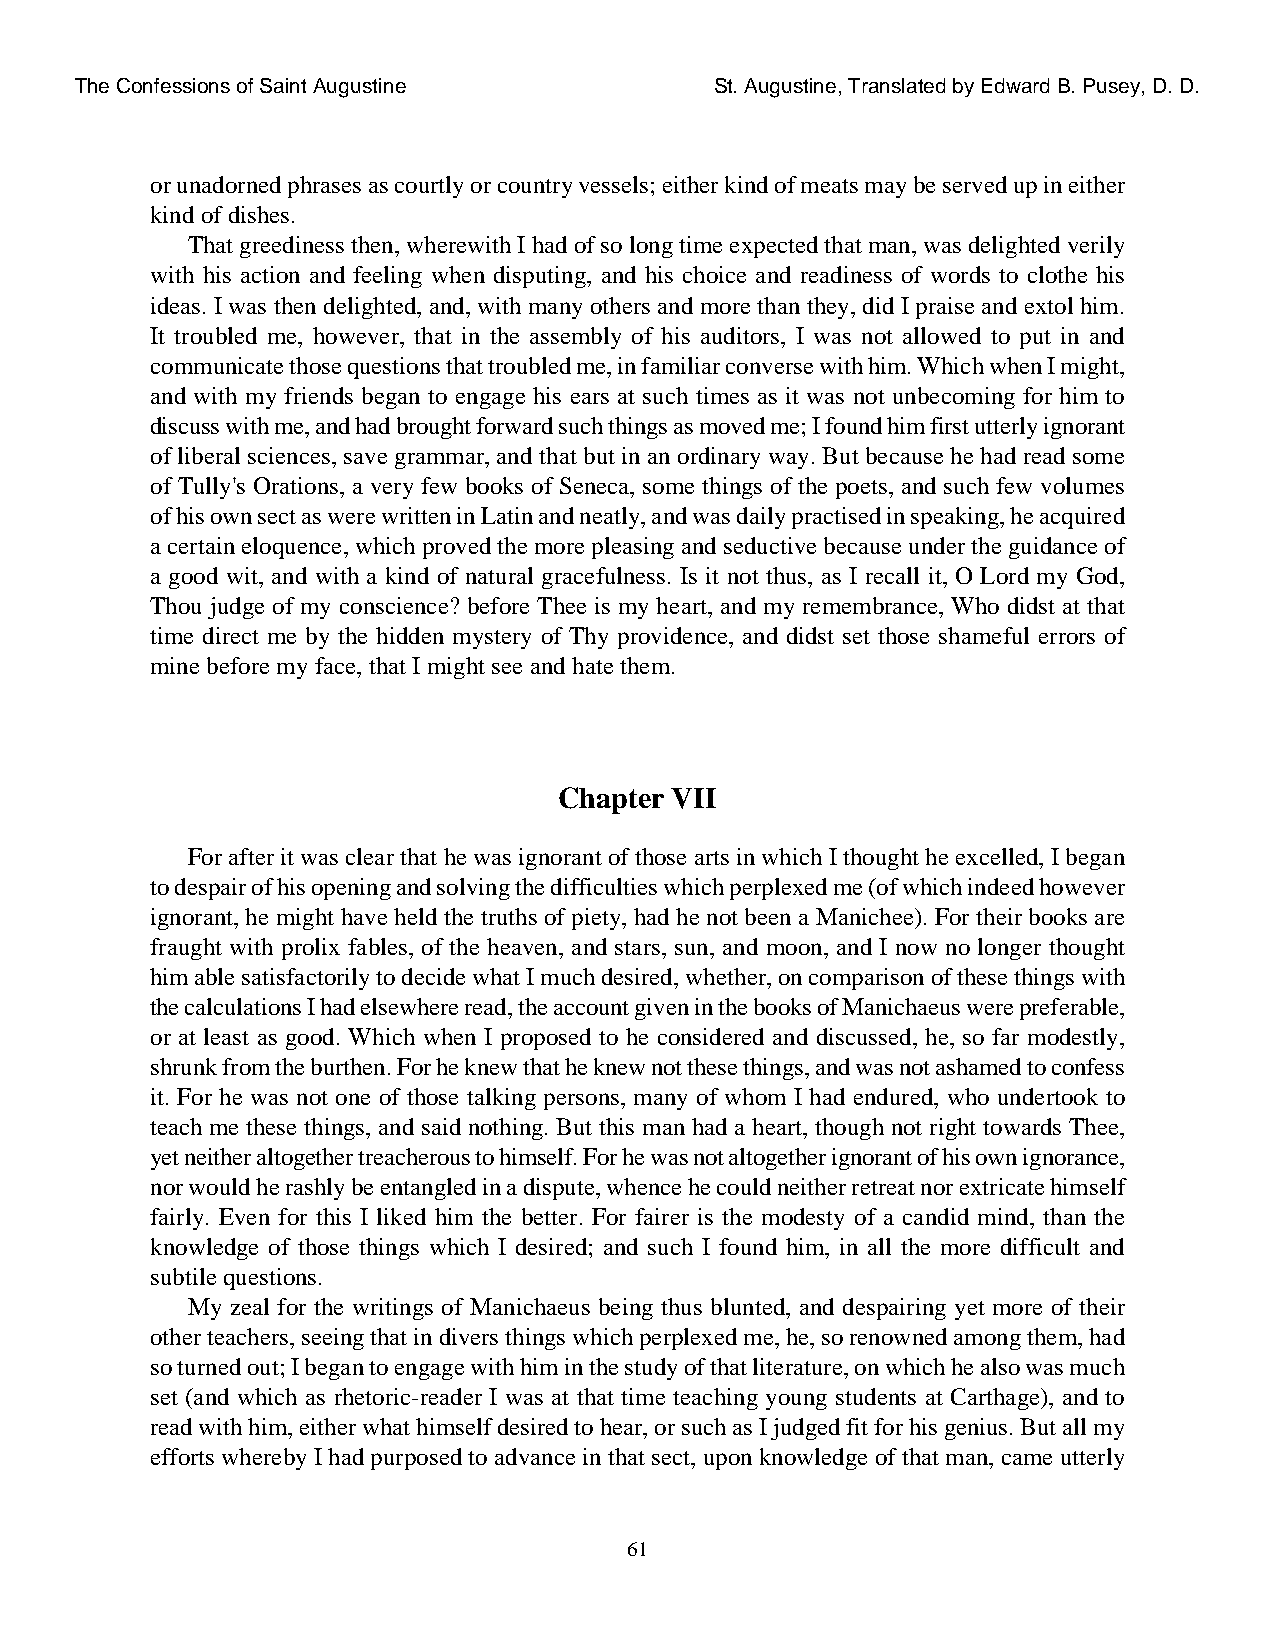
The Confessions of Saint Augustine        St. Augustine, Translated by Edward B. Pusey, D. D.
 or unadorned phrases as courtly or country vessels; either kind of meats may be served up in either
 kind of dishes.
 That greediness then, wherewith I had of so long time expected that man, was delighted verily
 with his action and feeling when disputing, and his choice and readiness of words to clothe his
 ideas. I was then delighted, and, with many others and more than they, did I praise and extol him.
 It troubled me, however, that in the assembly of his auditors, I was not allowed to put in and
 communicate those questions that troubled me, in familiar converse with him. Which when I might,
 and with my friends began to engage his ears at such times as it was not unbecoming for him to
 discuss with me, and had brought forward such things as moved me; I found him first utterly ignorant
 of liberal sciences, save grammar, and that but in an ordinary way. But because he had read some
 of Tully's Orations, a very few books of Seneca, some things of the poets, and such few volumes
 of his own sect as were written in Latin and neatly, and was daily practised in speaking, he acquired
 a certain eloquence, which proved the more pleasing and seductive because under the guidance of
 a good wit, and with a kind of natural gracefulness. Is it not thus, as I recall it, O Lord my God,
 Thou judge of my conscience? before Thee is my heart, and my remembrance, Who didst at that
 time direct me by the hidden mystery of Thy providence, and didst set those shameful errors of
 mine before my face, that I might see and hate them.
 Chapter VII
 For after it was clear that he was ignorant of those arts in which I thought he excelled, I began
 to despair of his opening and solving the difficulties which perplexed me (of which indeed however
 ignorant, he might have held the truths of piety, had he not been a Manichee). For their books are
 fraught with prolix fables, of the heaven, and stars, sun, and moon, and I now no longer thought
 him able satisfactorily to decide what I much desired, whether, on comparison of these things with
 the calculations I had elsewhere read, the account given in the books of Manichaeus were preferable,
 or at least as good. Which when I proposed to he considered and discussed, he, so far modestly,
 shrunk from the burthen. For he knew that he knew not these things, and was not ashamed to confess
 it. For he was not one of those talking persons, many of whom I had endured, who undertook to
 teach me these things, and said nothing. But this man had a heart, though not right towards Thee,
 yet neither altogether treacherous to himself. For he was not altogether ignorant of his own ignorance,
 nor would he rashly be entangled in a dispute, whence he could neither retreat nor extricate himself
 fairly. Even for this I liked him the better. For fairer is the modesty of a candid mind, than the
 knowledge of those things which I desired; and such I found him, in all the more difficult and
 subtile questions.
 My zeal for the writings of Manichaeus being thus blunted, and despairing yet more of their
 other teachers, seeing that in divers things which perplexed me, he, so renowned among them, had
 so turned out; I began to engage with him in the study of that literature, on which he also was much
 set (and which as rhetoric-reader I was at that time teaching young students at Carthage), and to
 read with him, either what himself desired to hear, or such as I judged fit for his genius. But all my
 efforts whereby I had purposed to advance in that sect, upon knowledge of that man, came utterly
 61